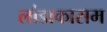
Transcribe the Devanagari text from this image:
लांडाकासम